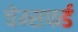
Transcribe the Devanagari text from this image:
चेम्सफर्ड